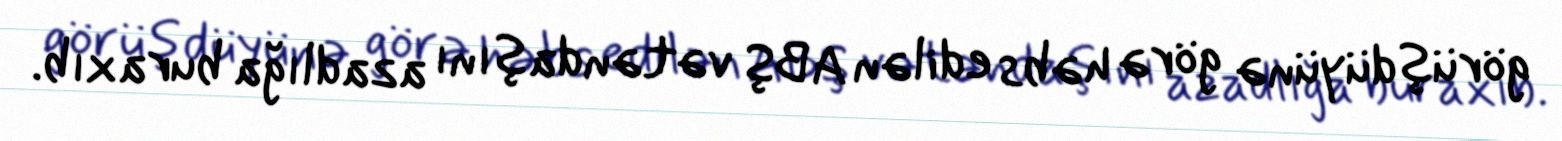
görüşdüyünə görə həbs edilən ABŞ vətəndaşını azadlığa buraxıb.